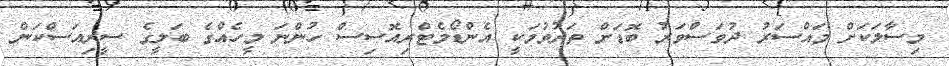
މިސާލަކަށް މައްސަރު ދުވަސްވަރު ބޮޑަށް ތަދުވުމަކީ އެންޑޯމެޓްރިއޮސިސް ހުންނަ މީހެއްގެ ބަލީގެ ސީރިއަސްކަން